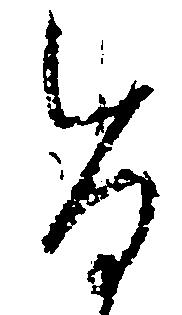
旨